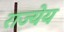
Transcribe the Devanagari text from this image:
राज्येय